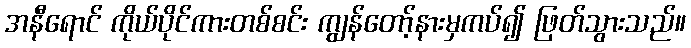
အနီရောင် ကိုယ်ပိုင်ကားတစ်စင်း ကျွန်တော့်နားမှကပ်၍ ဖြတ်သွားသည်။